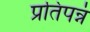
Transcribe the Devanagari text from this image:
प्रतिपन्नं